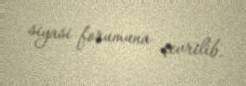
siyasi forumuna çevrilib.